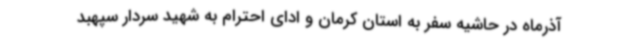
آذرماه در حاشیه سفر به استان کرمان و ادای احترام به شهید سردار سپهبد